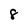
Character: 8